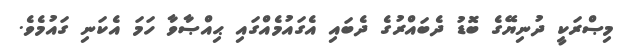
މިޞްރަކީ ދުނިޔޭގެ ބޮޑު ދެބައްރުގެ ދެބައި އެގައުމެއްގައި ޙިއްޞާވާ ހަމަ އެކަނި ގައުމެވެ.